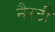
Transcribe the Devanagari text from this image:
नैस्टी